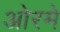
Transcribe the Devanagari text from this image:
ओरमे